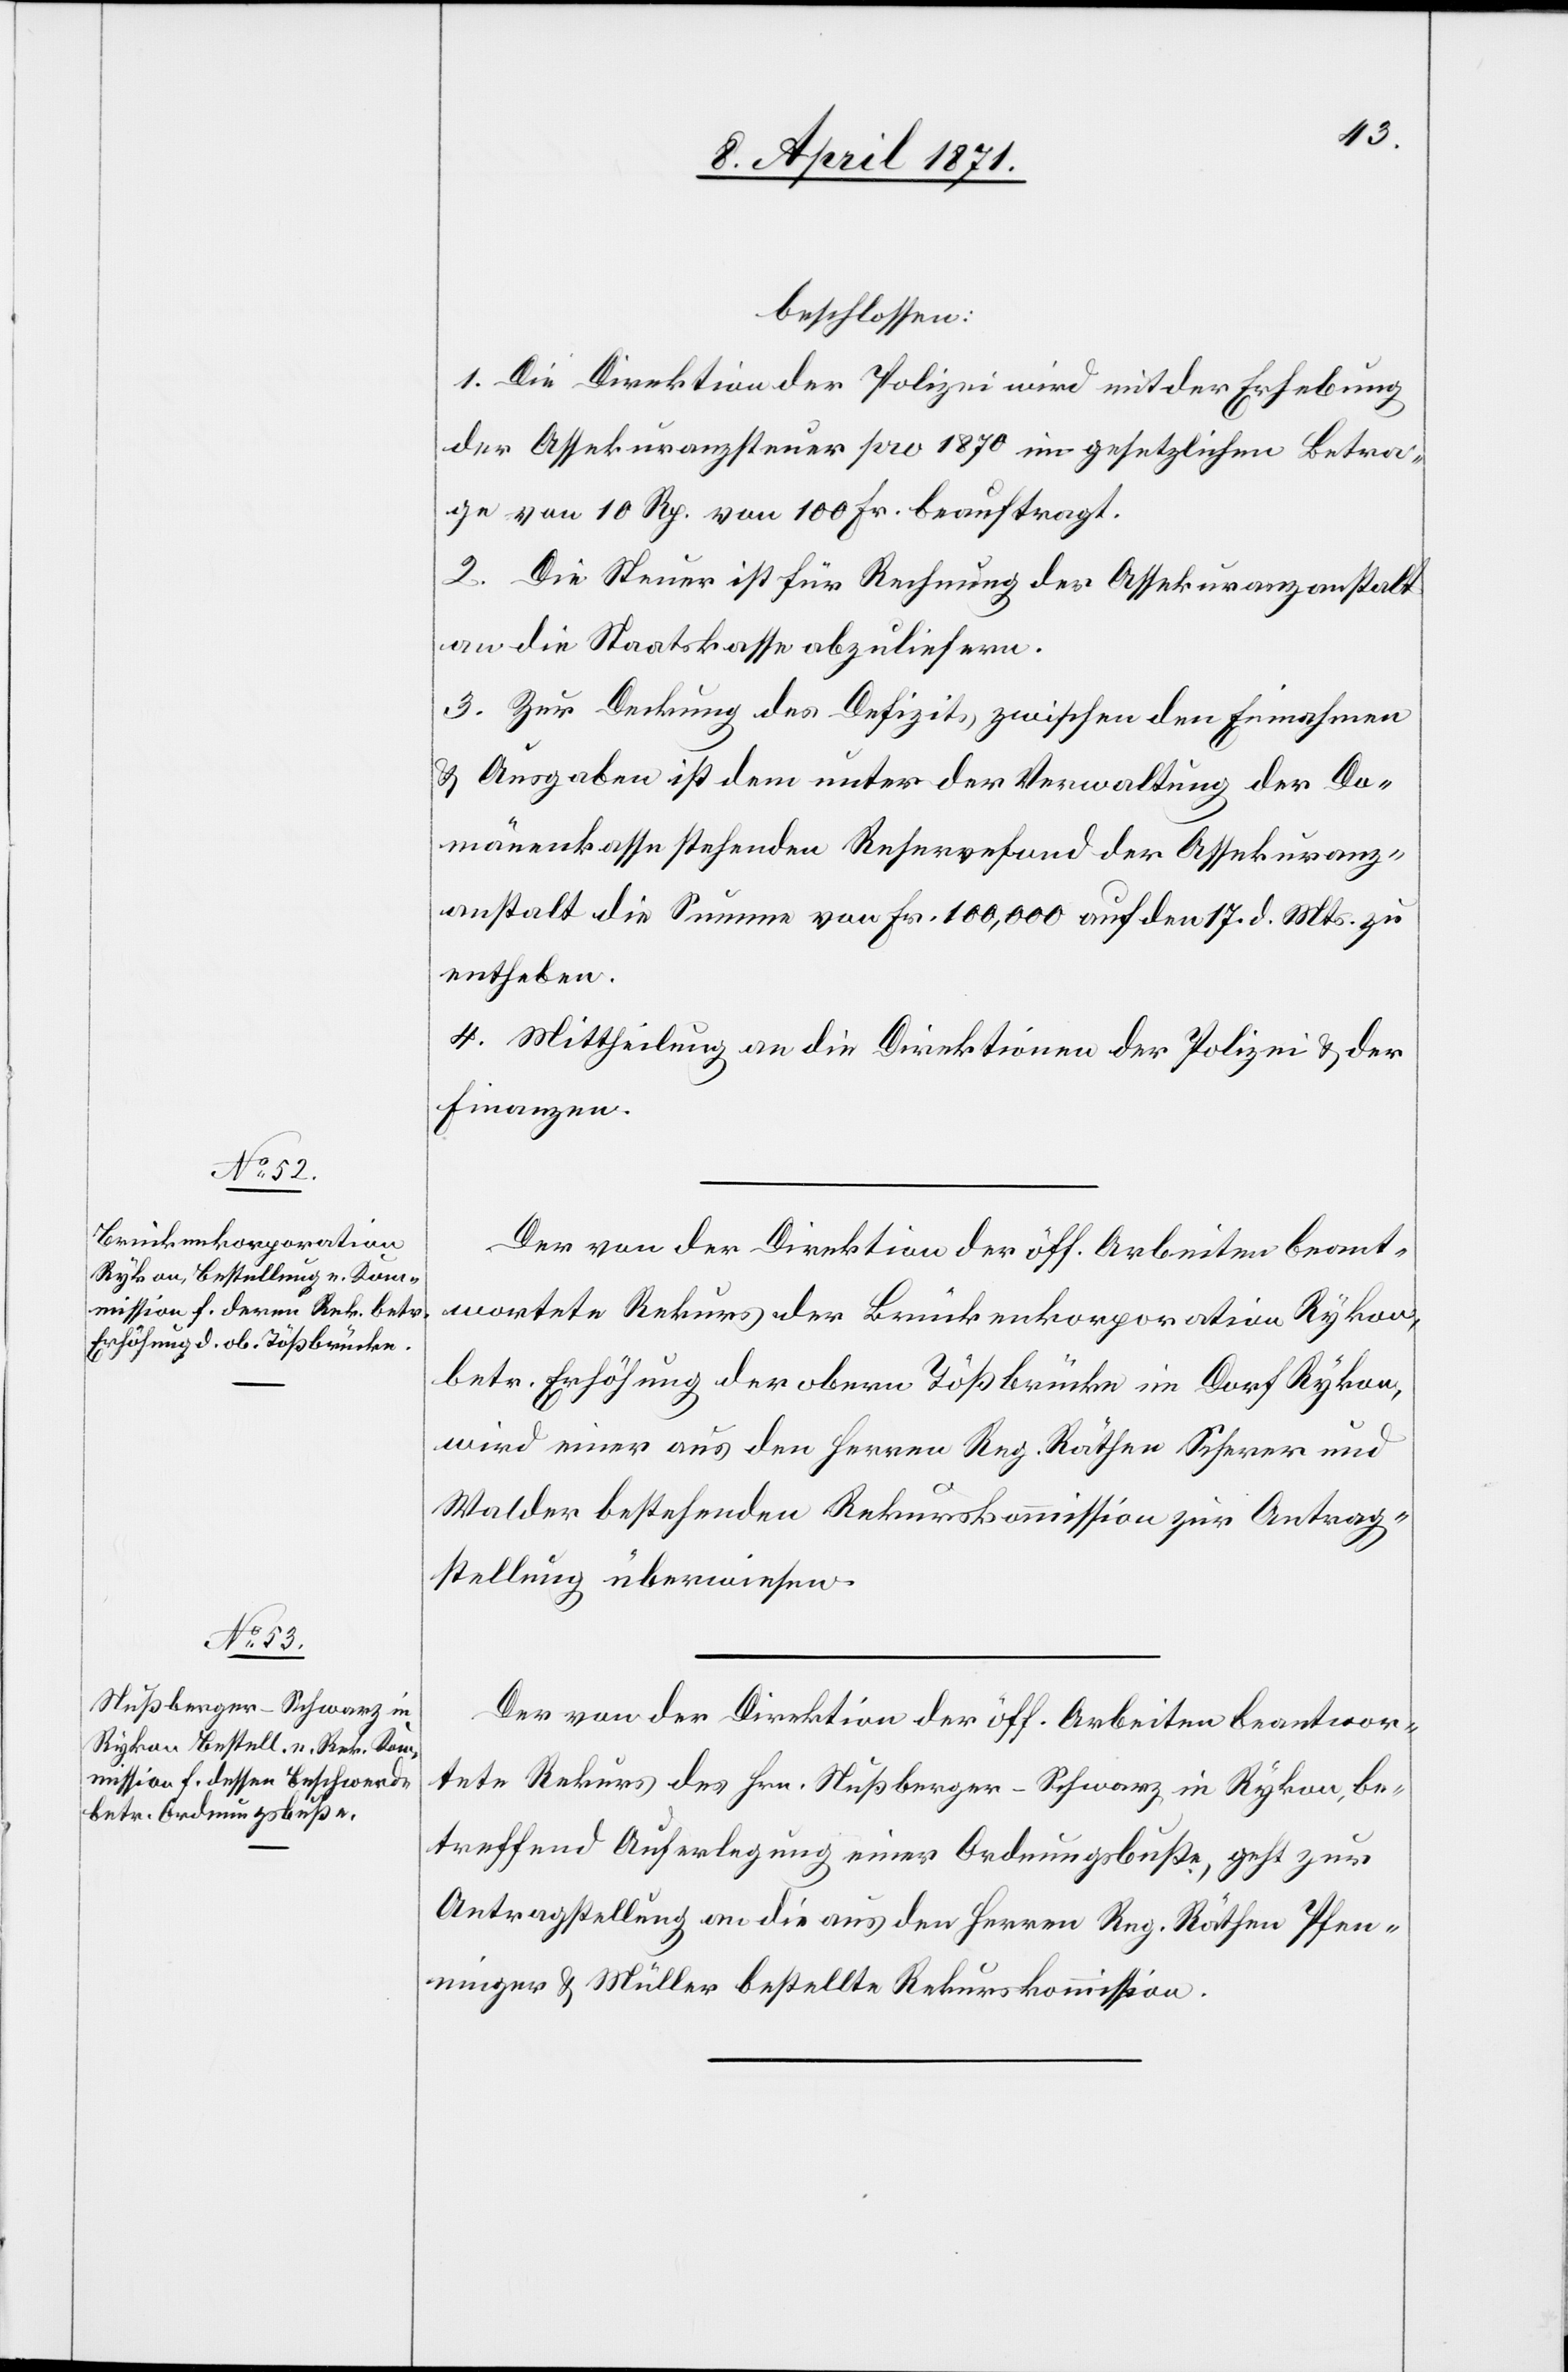
beschlossen:
1. Die Direktion der Polizei wird mit der Erhebung
der Assekuranzsteuer pro 1870 im gesetzlichen Betra¬
ge von 10 Rp. von 100 Fr. beauftragt.
2. Die Steuer ist für Rechnung der Assekuranzanstalt
an die Staatskasse abzuliefern.
3. Zur Deckung des Defizits zwischen den Einnahmen
u. Ausgaben ist dem unter der Verwaltung der Do¬
mänenkasse stehenden Reservefond der Assekuranz¬
anstalt die Summe von Fr. 100,000 auf den 17. d. Mts. zu
entheben.
4. Mittheilung an die Direktion der Polizei u. der
Finanzen.
Der von der Direktion der öff. Arbeiten beant¬
wortete Rekurs der Brückenkorporation Rykon,
betr. Erhöhung der obern Tößbrücke im Dorf Rykon,
wird einer aus den Herren Reg. Räthen Scherer und
Walder bestehenden Rekurskommission zur Antrag¬
stellung überwiesen.
Der von der Direktion der öff. Arbeiten beantwor¬
tete Rekurs des Hrn. Nußberger-Schwarz in Rykon, be¬
treffend Auferlegung einer Ordnungsbuße, geht zur
Antragstellung an die aus den Herren Reg. Räthen Pfen¬
ninger u. Müller bestellte Rekurskommission.